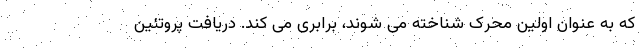
که به عنوان اولین محرک شناخته می شوند، برابری می کند. دریافت پروتئین